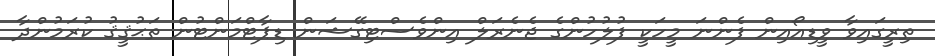
ތިރީގައިވާ ވީޑިއޯއިން ފެންނަ މީހަކީ ފުލުހުންގެ ޖެނެރަލް އިންވެސްޓިގޭޝަން ޑިޕާޓްމަންޓުން ތަޙުޤީޤު ކުރަމުންދާ